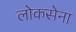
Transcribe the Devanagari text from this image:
लोकसेना